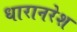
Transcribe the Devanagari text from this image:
धारानरेश